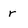
Character: r